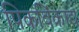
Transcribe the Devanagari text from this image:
पिकविंकाद्य